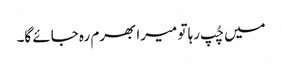
میں چُپ رہا تو میرا بھرم رہ جائے گا۔